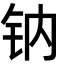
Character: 钠